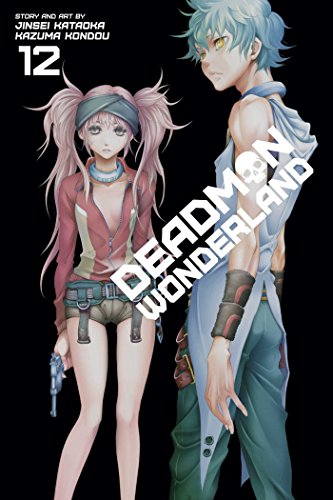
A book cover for Deadman Wonderland, Vol. 12; Jinsei Kataoka; Comics & Graphic Novels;